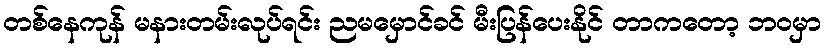
တစ်နေကုန် မနားတမ်းလုပ်ရင်း ညမမှောင်ခင် မီးပြန်ပေးနိုင် တာကတော့ ဘဝမှာ